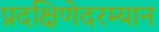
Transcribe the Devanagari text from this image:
प्रदक्षिणेदरम्यान